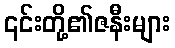
၎င်းတို့၏ဇနီးများ